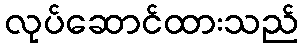
လုပ်ဆောင်ထားသည်